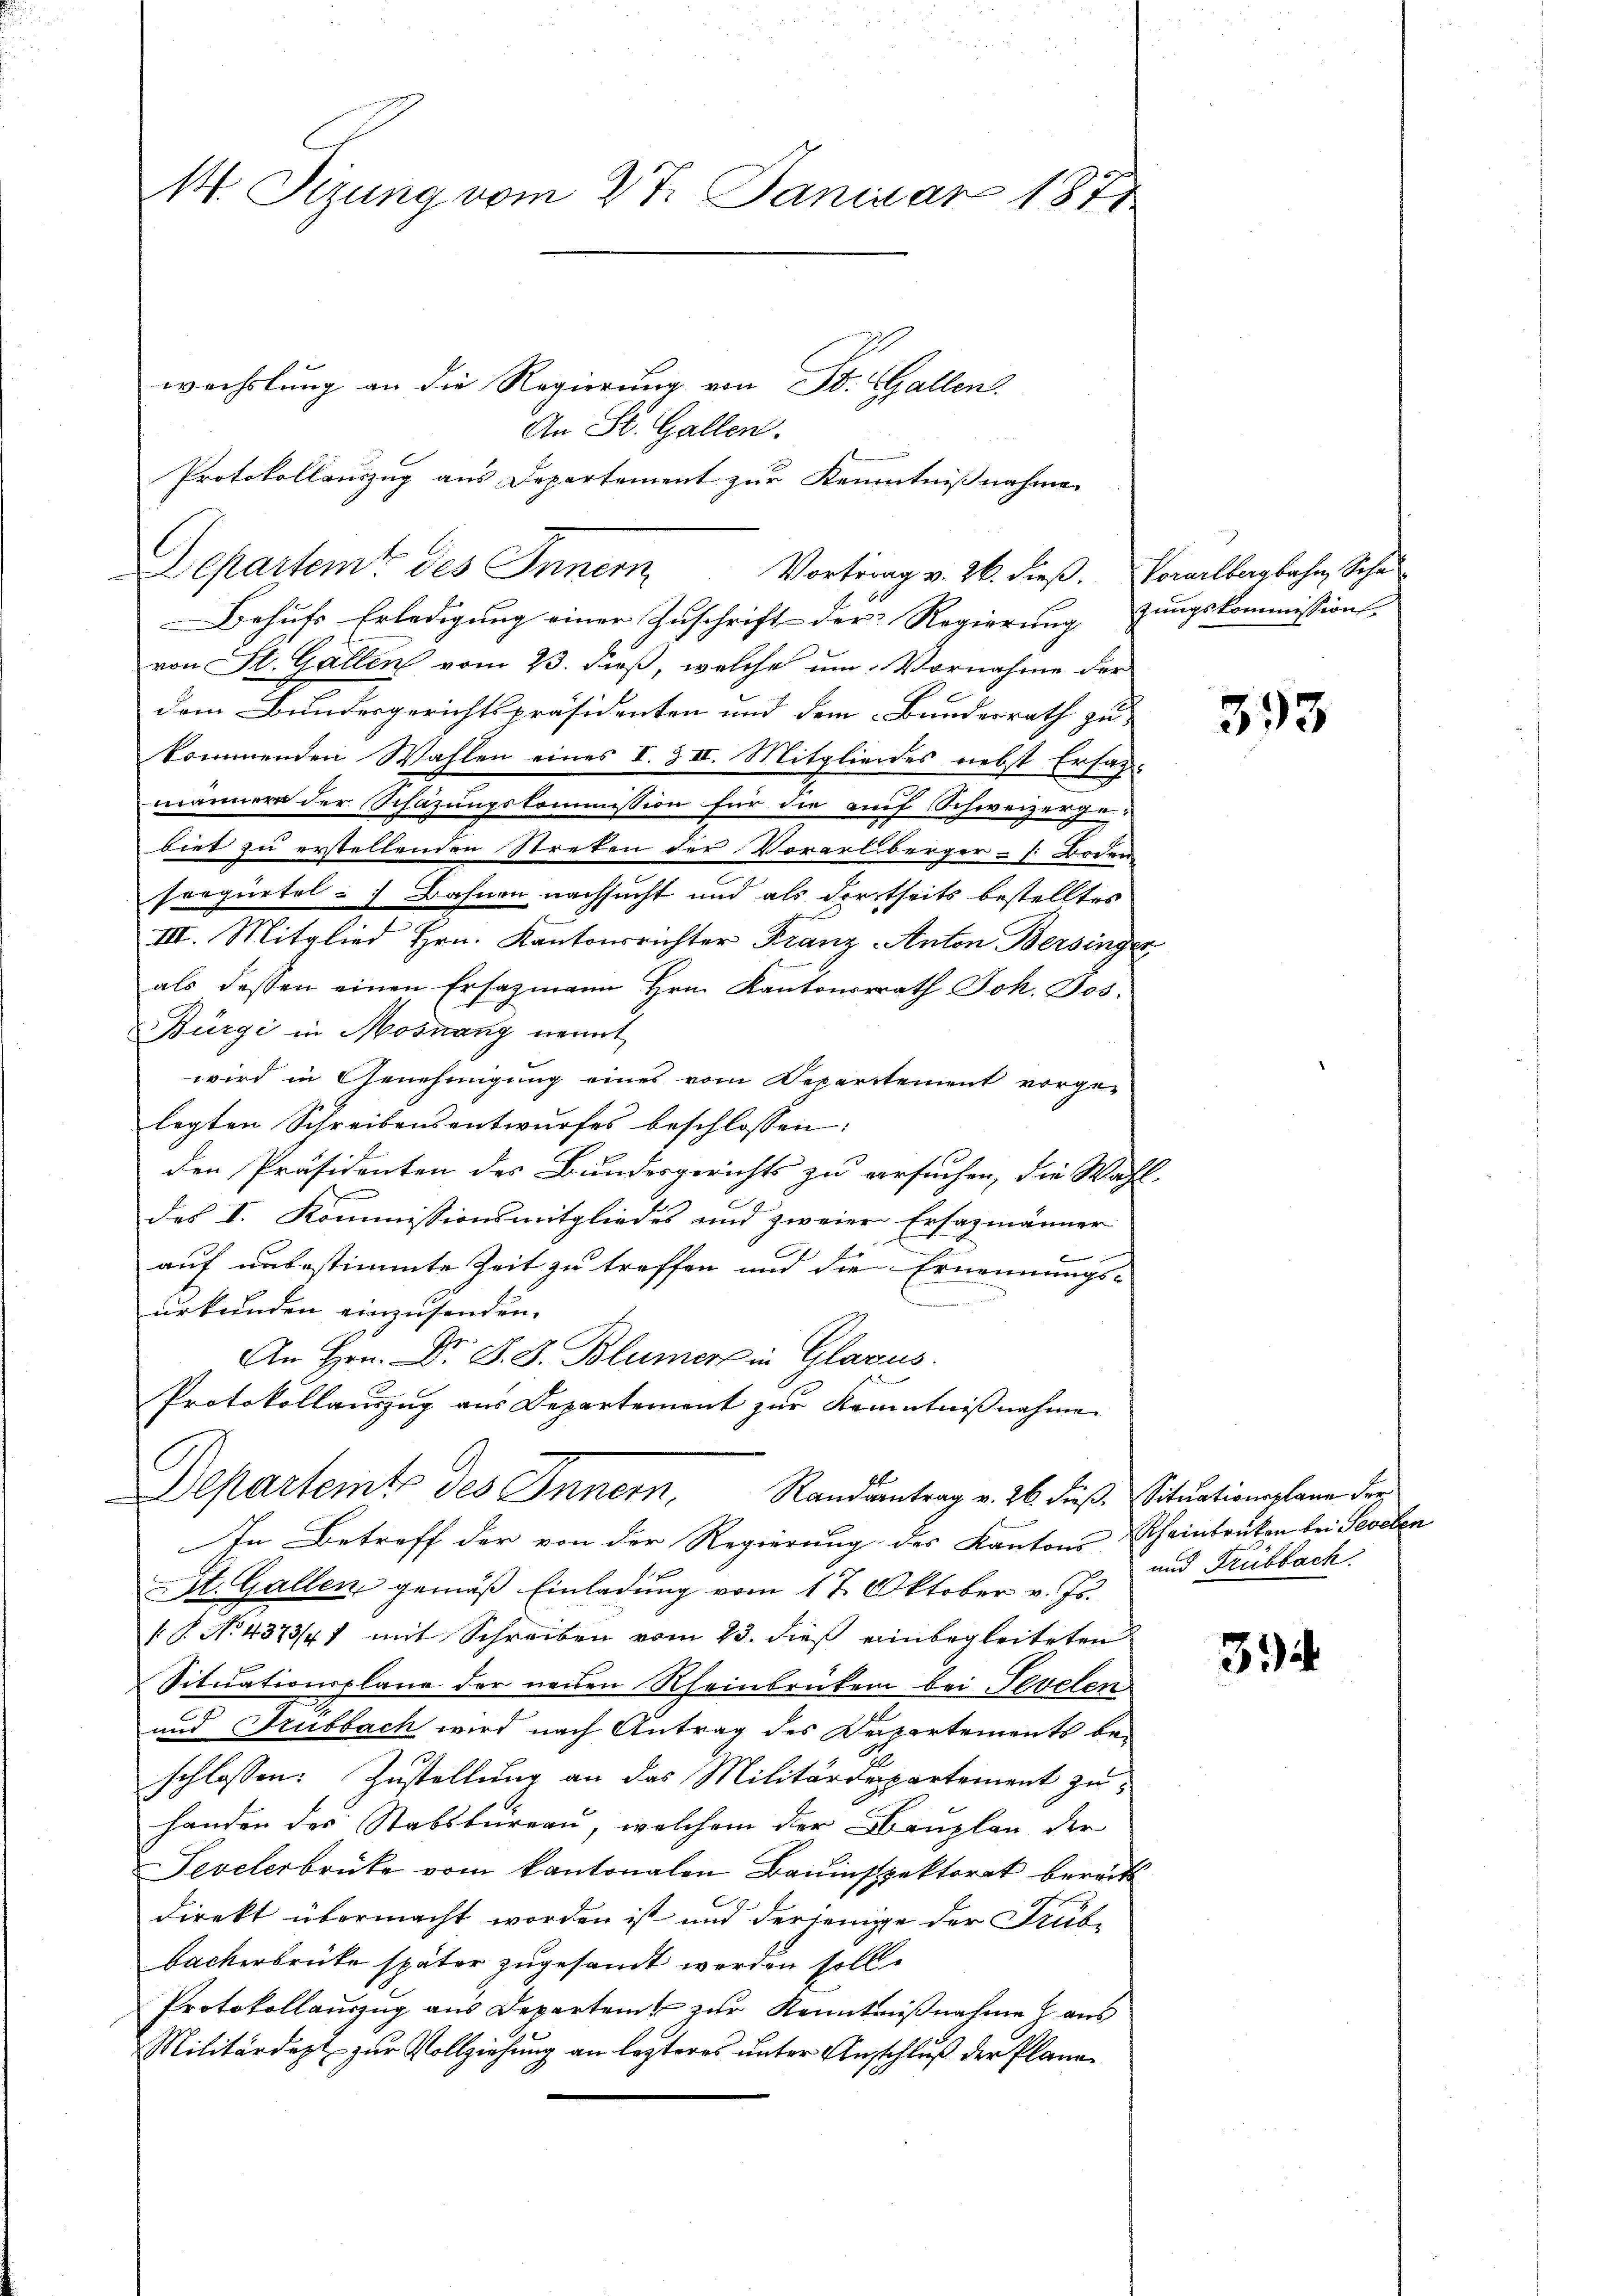
M. Sizung vom 27. Januar 1871.

wechslung an die Regierung von St. Gallen
An St. Gallen.
Protokollauszug aus Departement zur Kenntnißnahme
Departemt des Innern
Behufs Erledigung einer Zuschrift der Regierung zungskommissions
von St. Gallen vom 23. dieß, welche um Vornahme der
dem Bundesgerichtspräsidenten und dem Bundesrath zu-
kommenden Wahlen eines I. & II. Mitgliedes nebst Ersatzmännere der Schazungskommission für die auf Schweizerge-
biet zu erstellenden Streten der Vorarlberger - (: Boden
soegürtel Bahnen nachsucht und als Fortseits bestelltes
s
III. Mitglied Hrn. Kantonsrichter Franz Anton Bersinge
als dessen einen Ersazmann Hrn. Kantonsrath Joh. Jos.
Bürgi in Mosnang nennt
wird in Genehmigung eines vom Departement vorge-
legten Schreibensentwurfes beschlossen:
den Präsidenten des Bundesgerichts zu versuchen, die Wahl
2
des I. Kommissionsmitgliedes und zweier Ersazmänner
l
auf unbestimmte Zeit zu treffen und die Ernennungs-
urkunden einzusenden.
An Hrn. Dr. S. S. Blümer in Glarus.
Protokollauszug aus Departement zur Kenntnißnahmen
Departemte des Innern, Randantrag v. 26. dieß. Situationsplane der
In Betreff der von der Regierung des Kantons Scheinbrucken bei Sevelen
St. Gallen gemäß Einladung vom 17. Oktober v. Js.
 P. No. 4373/41 mit Schreiben vom 23. dieβ einbegleiteten
Situationsplane der neuen Rheinbrüken bei Tevelen
und Trubbach wird nach Antrag des Departements beschlossen: Zustellung an das Militärdepartement zu
handen des Stabsbureau, welchem der Bauplan der
Fevelerbrücke vom kantonalen Bauinspektorat bereits
direkt übermacht worden ist und derjenige der Trübbackerbrücke später zugesandt werden soll.
Protokollauszug aus Departen zur Kenntnißnahme haus
Militärdept zur Vollziehung an letzteres unter Anschluß der Plane

Vortrag v. 26. dieß. Vorarlbergbahn, Scha

.

393

und Trubbach

33